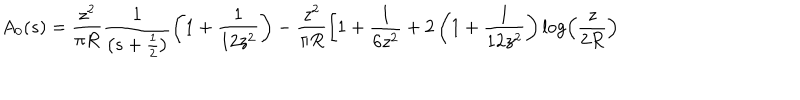
A _ { 0 } ( s ) = \frac { z ^ { 2 } } { \pi R } \frac { 1 } { \left( s + \frac 1 2 \right) } \left( 1 + \frac 1 { 1 2 z ^ { 2 } } \right) - \frac { z ^ { 2 } } { \pi R } \left[ 1 + \frac 1 { 6 z ^ { 2 } } + 2 \left( 1 + \frac 1 { 1 2 z ^ { 2 } } \right) \log \left( \frac { z } { 2 R } \right) \right.